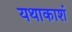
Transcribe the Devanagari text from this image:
यथाकाशं